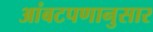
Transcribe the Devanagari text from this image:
आंबटपणानुसार